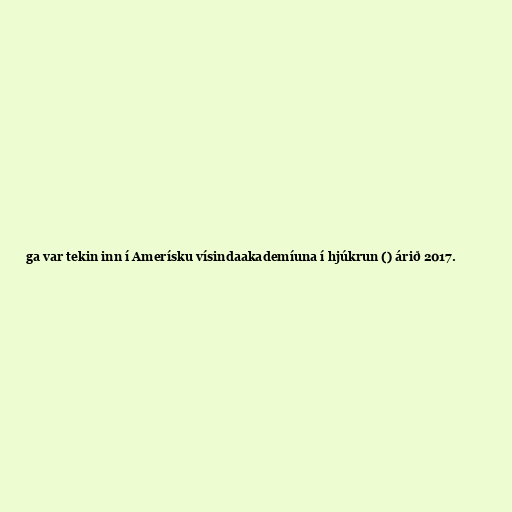
ga var tekin inn í Amerísku vísindaakademíuna í hjúkrun () árið 2017.